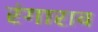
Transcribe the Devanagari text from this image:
रंगाराव